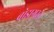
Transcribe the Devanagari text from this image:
बोझग्रस्त